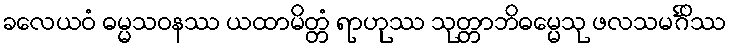
ခလေယဝံ ဓမ္မသဝနဿ ယထာမိတ္တံ ရာဟုဿ သုတ္တာဘိဓမ္မေသု ဖလသမင်္ဂိဿ